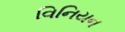
વિનિયન